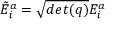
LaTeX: { \tilde { E } } _ { i } ^ { a } = { \sqrt { d e t ( q ) } } E _ { i } ^ { a }